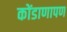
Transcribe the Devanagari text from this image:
कोंडाणापण